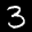
Label: 3